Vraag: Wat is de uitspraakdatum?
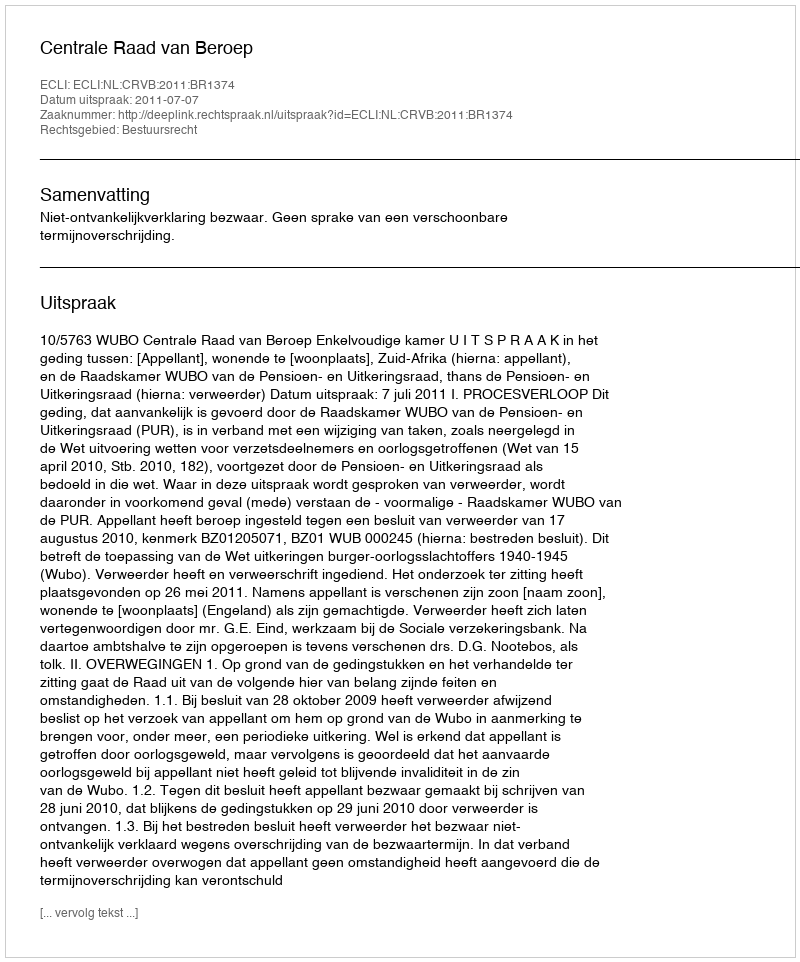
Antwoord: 2011-07-07